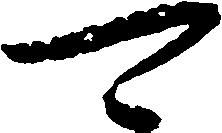
可